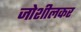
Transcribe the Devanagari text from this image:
जोशीलकर